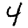
Digit: 4